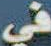
في